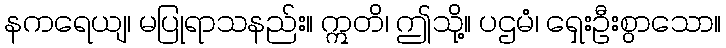
နကရေယျ၊ မပြုရာသနည်း။ ဣတိ၊ ဤသို့။ ပဌမံ၊ ရှေးဦးစွာသော။